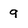
Character: 9